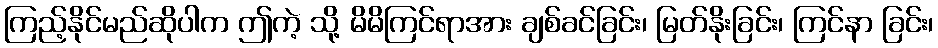
ကြည့်နိုင်မည်ဆိုပါက ဤကဲ့ သို့ မိမိကြင်ရာအား ချစ်ခင်ခြင်း၊ မြတ်နိုးခြင်း၊ ကြင်နာ ခြင်း၊